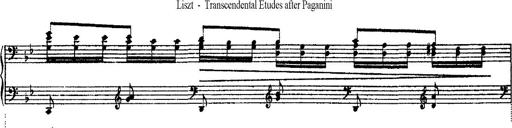
Title: Ã‰tudes d'exÃ©cution transcendante d'aprÃ¨s Paganini
Composer: Franz Liszt